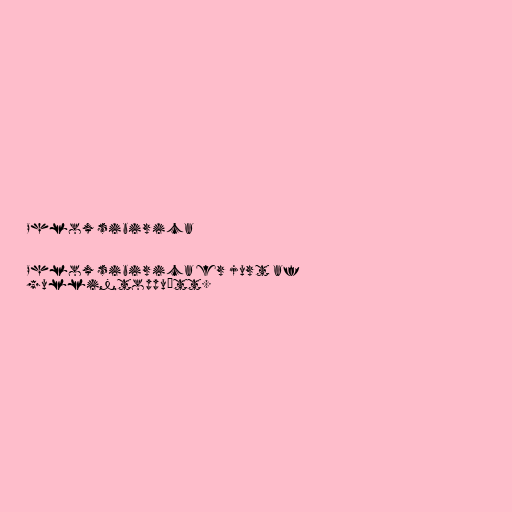
Phlox sibirica

Phlox sibirica er jurt af
gullintoppuætt.